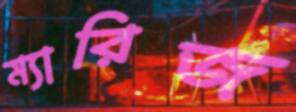
ম্যারিজ